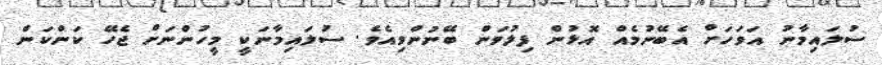
ސުލައިމާނު އަވަހަށް އެބޭނުމެއް އޮޅުން ފިލުވަން ބޭނުންވިއެވެ. ސުލައިމާނަކީ މީހުންނަށް ޖެހޭ ކަންކަން